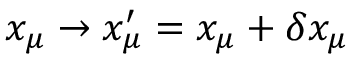
x _ { \mu } \rightarrow x _ { \mu } ^ { \prime } = x _ { \mu } + \delta x _ { \mu }